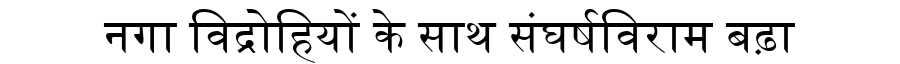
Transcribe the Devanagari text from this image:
नगा विद्रोहियों के साथ संघर्षविराम बढ़ा